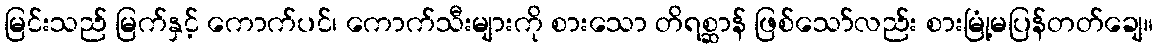
မြင်းသည် မြက်နှင့် ကောက်ပင်၊ ကောက်သီးများကို စားသော တိရစ္ဆာန် ဖြစ်သော်လည်း စားမြုံ့မပြန်တတ်ချေ။